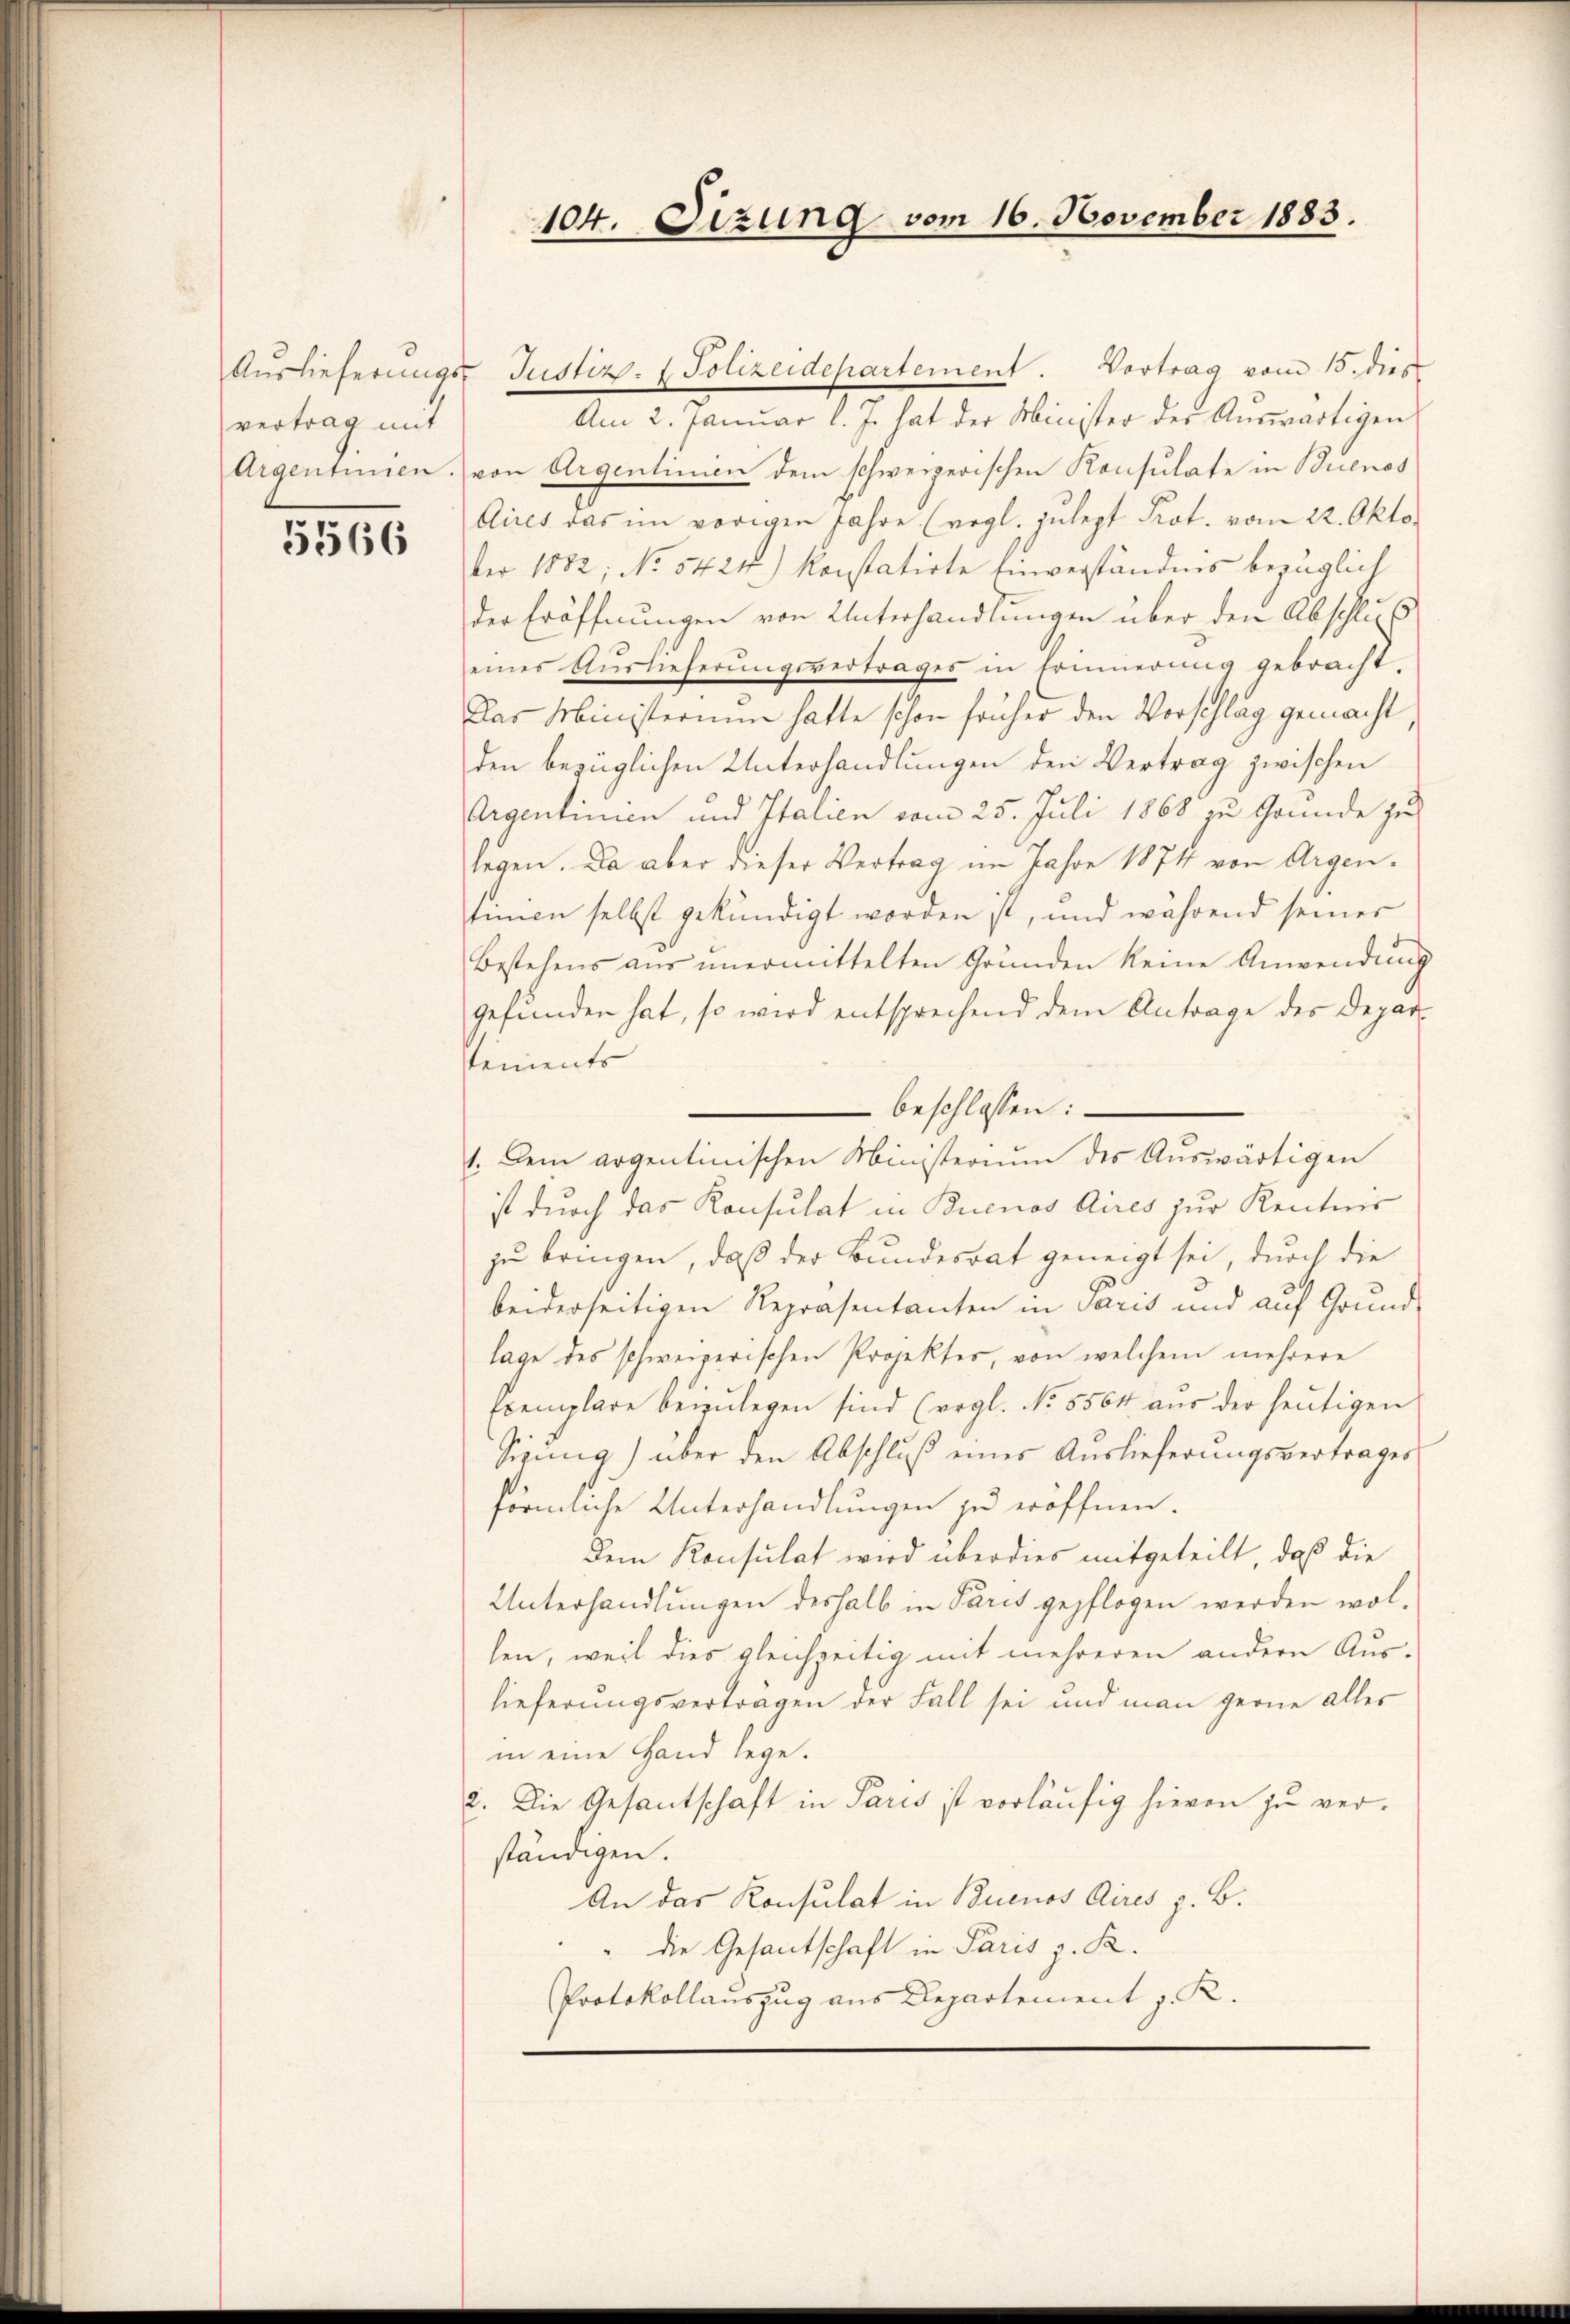
vertrag mit

5566

104. Sizung vom 16. November 1883.

Aŭslieferŭngs- Justiz- & Polizeidepartement. Vortrag vom 15. dies
Am 2. Januar l. J. hat der Minister der Auswärtigen
Argentinen. von Argentinien dem schweizerischen Konsulate in Buenos
Aires das im vorigen Jahre. (vgl. Zŭlept Prot. vom 22. Okto
ber 1882, No 5424) konstatirte Einverständnis bezüglich
der Eröffnungen von Unterhandlungen über den Abschluß
eines Aŭslieferŭngsvertrages in Erinnerung gebracht,
Das Ministerium hatte schon früher den Vorschlag gemacht,
den bezüglichen Unterhandlungen den Vertrag zwischen
Argentinien und Italien vom 25. Juli 1868 zu Gründe zu
legen. Da aber dieser Vertrag im Jahre 1874 von Argen.
tinien selbst gekündigt worden ist, und während seiner
Bestehens aus unermittelten Grunden keine Anwendung
gefunden hat, so wird entsprechend dem Antrage des Depar-
tements
 beschlossen:
1. Dem argentinischen Ministerium des Auswärtigen
ist durch das Konsulat in Buenos Aires zur Kenntnis
zu bringen, daß der Bundesrat geneigt sei, durch die
beiderseitigen Repräsentanten in Paris und auf Grund-
lage des schweizerischen Projektes, von welchem mehrere
Exemplare bezulegen sind (vgl. No. 5564 aus der heutigen
Sigung) über den Abschlŭβ eines Auslieferungsvertrages
förmliche Unterhandlungen zu eröffnen.
dem Konsulat wird überdies mitgeteilt, daß die
Unterhandlungen deshalb in Paris gepflogen werden wollen, weil dies gleichzeitig mit mehreren andern Aus-
lieferungsverträgen der Fall sei und man gerne aller
in eine Hand lege.
2. Die Gesantschaft in Paris ist vorläufig hievon zu verständigen.
An das Konsulat in Buenos Aires z. B.
" die Gesantschaft in Paris z. R.
Protokollauszug aus Departement z. R.